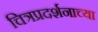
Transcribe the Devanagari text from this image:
चित्रप्रदर्शनाच्या